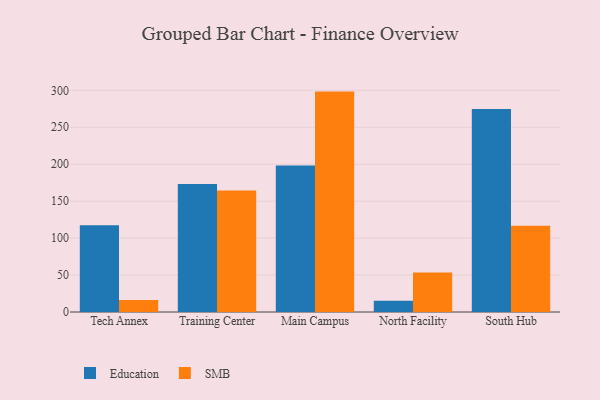
{"axis": {"x": "Campus", "y": "Humidity (%)"}, "legend": ["Education", "SMB"], "data": [{"x": "Tech Annex", "y": 117.4, "type": "Education"}, {"x": "Tech Annex", "y": 16.1, "type": "SMB"}, {"x": "Training Center", "y": 173.4, "type": "Education"}, {"x": "Training Center", "y": 164.5, "type": "SMB"}, {"x": "Main Campus", "y": 198.3, "type": "Education"}, {"x": "Main Campus", "y": 298.3, "type": "SMB"}, {"x": "North Facility", "y": 15.2, "type": "Education"}, {"x": "North Facility", "y": 53.4, "type": "SMB"}, {"x": "South Hub", "y": 274.9, "type": "Education"}, {"x": "South Hub", "y": 116.6, "type": "SMB"}]}